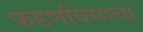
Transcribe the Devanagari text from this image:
फडणविसाचा